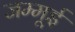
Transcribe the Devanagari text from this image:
जम्मूई